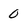
Character: O